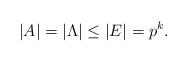
LaTeX: \begin{align*}|A| = |\Lambda| \le |E| = p^k.\end{align*}